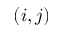
( i , j )